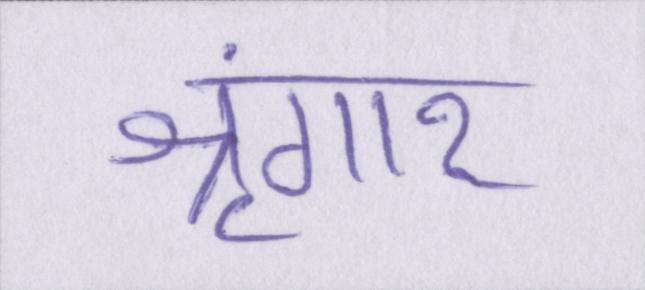
श्रृंगार